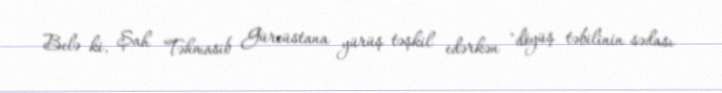
Belə ki, Şah Təhmasib Gürcüstana yürüş təşkil edərkən "döyüş təbilinin sədası